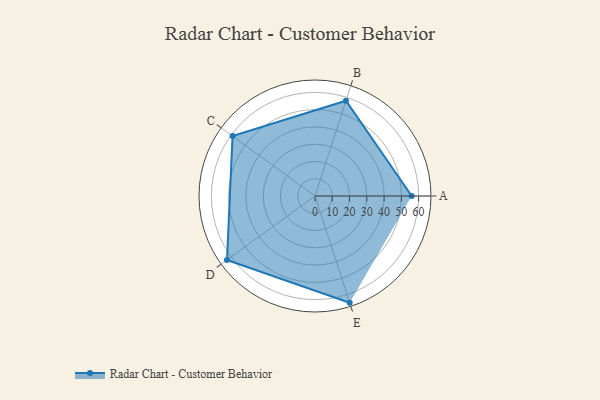
{"axis": {"x": "Skill", "y": "Score"}, "legend": ["Profile"], "data": [{"x": "A", "y": 56.0, "type": "Profile"}, {"x": "B", "y": 58.0, "type": "Profile"}, {"x": "C", "y": 59.0, "type": "Profile"}, {"x": "D", "y": 63.0, "type": "Profile"}, {"x": "E", "y": 65.0, "type": "Profile"}]}